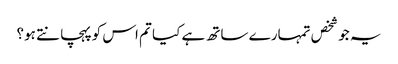
یہ جو شخص تمہارے ساتھ ہے کیا تم اس کوپہچانتے ہو؟